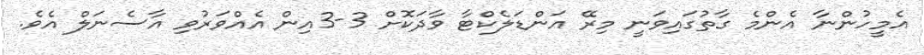
އެމީހުންނާ އެންމެ ގާތުގައިވަނީ މިރޭ އަންޑަލެކްޓާ ވާދަކޮށް 3-3އިން އެއްވަރުވި އާސެނަލް އެވެ.